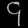
Digit: ၄